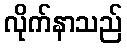
လိုက်နာသည်